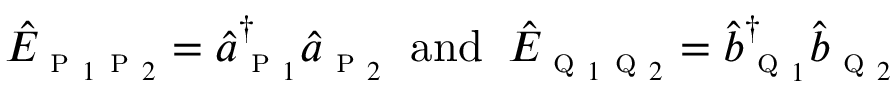
\begin{array} { r } { \hat { E } _ { \textsc { p } _ { 1 } \textsc { p } _ { 2 } } = \hat { a } _ { \textsc { p } _ { 1 } } ^ { \dagger } \hat { a } _ { \textsc { p } _ { 2 } } \; \; \mathrm { a n d } \; \; \hat { E } _ { \textsc { q } _ { 1 } \textsc { q } _ { 2 } } = \hat { b } _ { \textsc { q } _ { 1 } } ^ { \dagger } \hat { b } _ { \textsc { q } _ { 2 } } } \end{array}